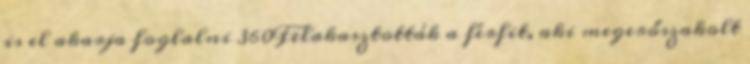
is el akarja foglalni 360Felakasztották a férfit, aki megerőszakolt